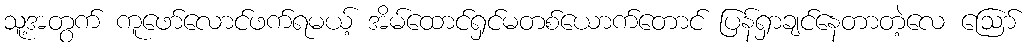
သူ့အတွက် ကူဖော်လောင်ဖက်ရမယ့် အိမ်ထောင်ရှင်မတစ်ယောက်တောင် ပြန်ရှာချင်နေတာတဲ့လေ ဪ